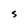
Character: S